Plague in India, 1896, 1897 - Volume 3
Year: 1896
Disease focus: Plague
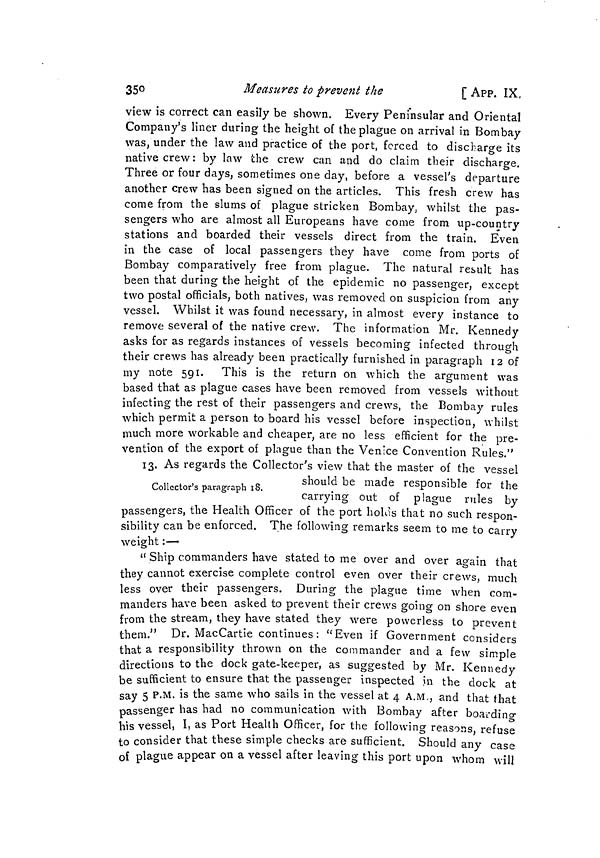
350
Measures ¿o prevent the
[ APP. IX,
view is correct can easily be shown. Every Peninsular and Oriental
Company's liner during the height of the plague on arrival in Bombay
was, under the law and practice of the port, forced to discharge its
native crew : by law the crew can and do claim their discharge.
Three or four days, sometimes one day, before a vessel's departure
another crew has been signed on the articles. This fresh crew has
come from the slums of plague stricken Bombay, whilst the pas-
sengers who are almost all Europeans have come from up-country
stations and boarded their vessels direct from the train. Even
in the case of local passengers they have come from ports of
Bombay comparatively free from plague. The natural result has
been that during the height of the epidemic no passenger, except
two postal officials, both natives, was removed on suspicion from any
vessel. Whilst it was found necessary, in almost every instance to
remove several of the native crew. The information Mr. Kennedy
asks for as regards instances of vessels becoming infected through
their crews has already been practically furnished in paragraph 12'of
my note 591. This is the return on which the argument was
based that as plague cases have been removed from vessels without
infecting the rest of their passengers and crews, the Bombay rules
which permit a person to board his vessel before inspection, whilst
much more workable and cheaper, are no less efficient for the pre-
vention of the export of plague than the Venice Convention Rules."
13. As regards the Collector's view that the master of the vessel
Collector's paragraph 18.
should be made responsible for the
carrying out of plague rules by
passengers, the Health Officer of the port holds that no such respon-
sibility can be enforced. The following remarks seem to me to carry
weight :—
" Ship commanders have stated to me over and over again that
they cannot exercise complete control even over their crews, much
less over their passengers. During the plague time when com-
manders have been asked to prevent their crews going on shore even
from the stream, they have stated they were powerless to prevent
them." Dr. MacCartie continues : "Even if Government considers
that a responsibility thrown on the commander and a few simple
directions to the dock gate-keeper, as suggested by Mr. Kennedy
be sufficient to ensure that the passenger inspected in the dock at
say 5 P.M. is the same who sails in the vessel at 4 A.M., and that that
passenger has had no communication with Bombay after boarding
his vessel, I, as Port Health Officer, for the following reasons, refuse
to consider that these simple checks are sufficient. Should any case
of plague appear on a vessel after leaving this port upon whom will